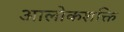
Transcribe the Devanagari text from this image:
आलोकशक्ति